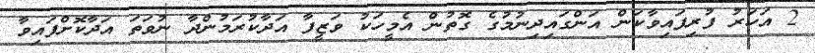
2 އަހަރު ފުރިފައިވާކަން އަންގައިދިނުމުގެ ގޮތުން އެމީހަކު ވަޒީފާ އަދާކުރަމުންދާ ނުވަތަ އަދާކޮށްފައިވާ